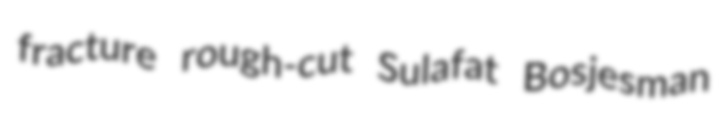
fracture rough-cut Sulafat Bosjesman